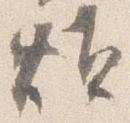
煩